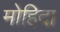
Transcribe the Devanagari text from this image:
मोहिदा